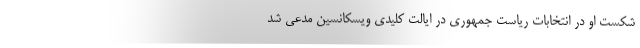
شکست او در انتخابات ریاست جمهوری در ایالت کلیدی ویسکانسین مدعی شد